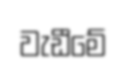
වැඩීමේ